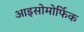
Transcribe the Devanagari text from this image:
आइसोमोर्फिक